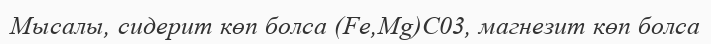
Мысалы, сидерит көп болса (Fе,Mg)C03, магнезит көп болса